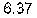
6.37